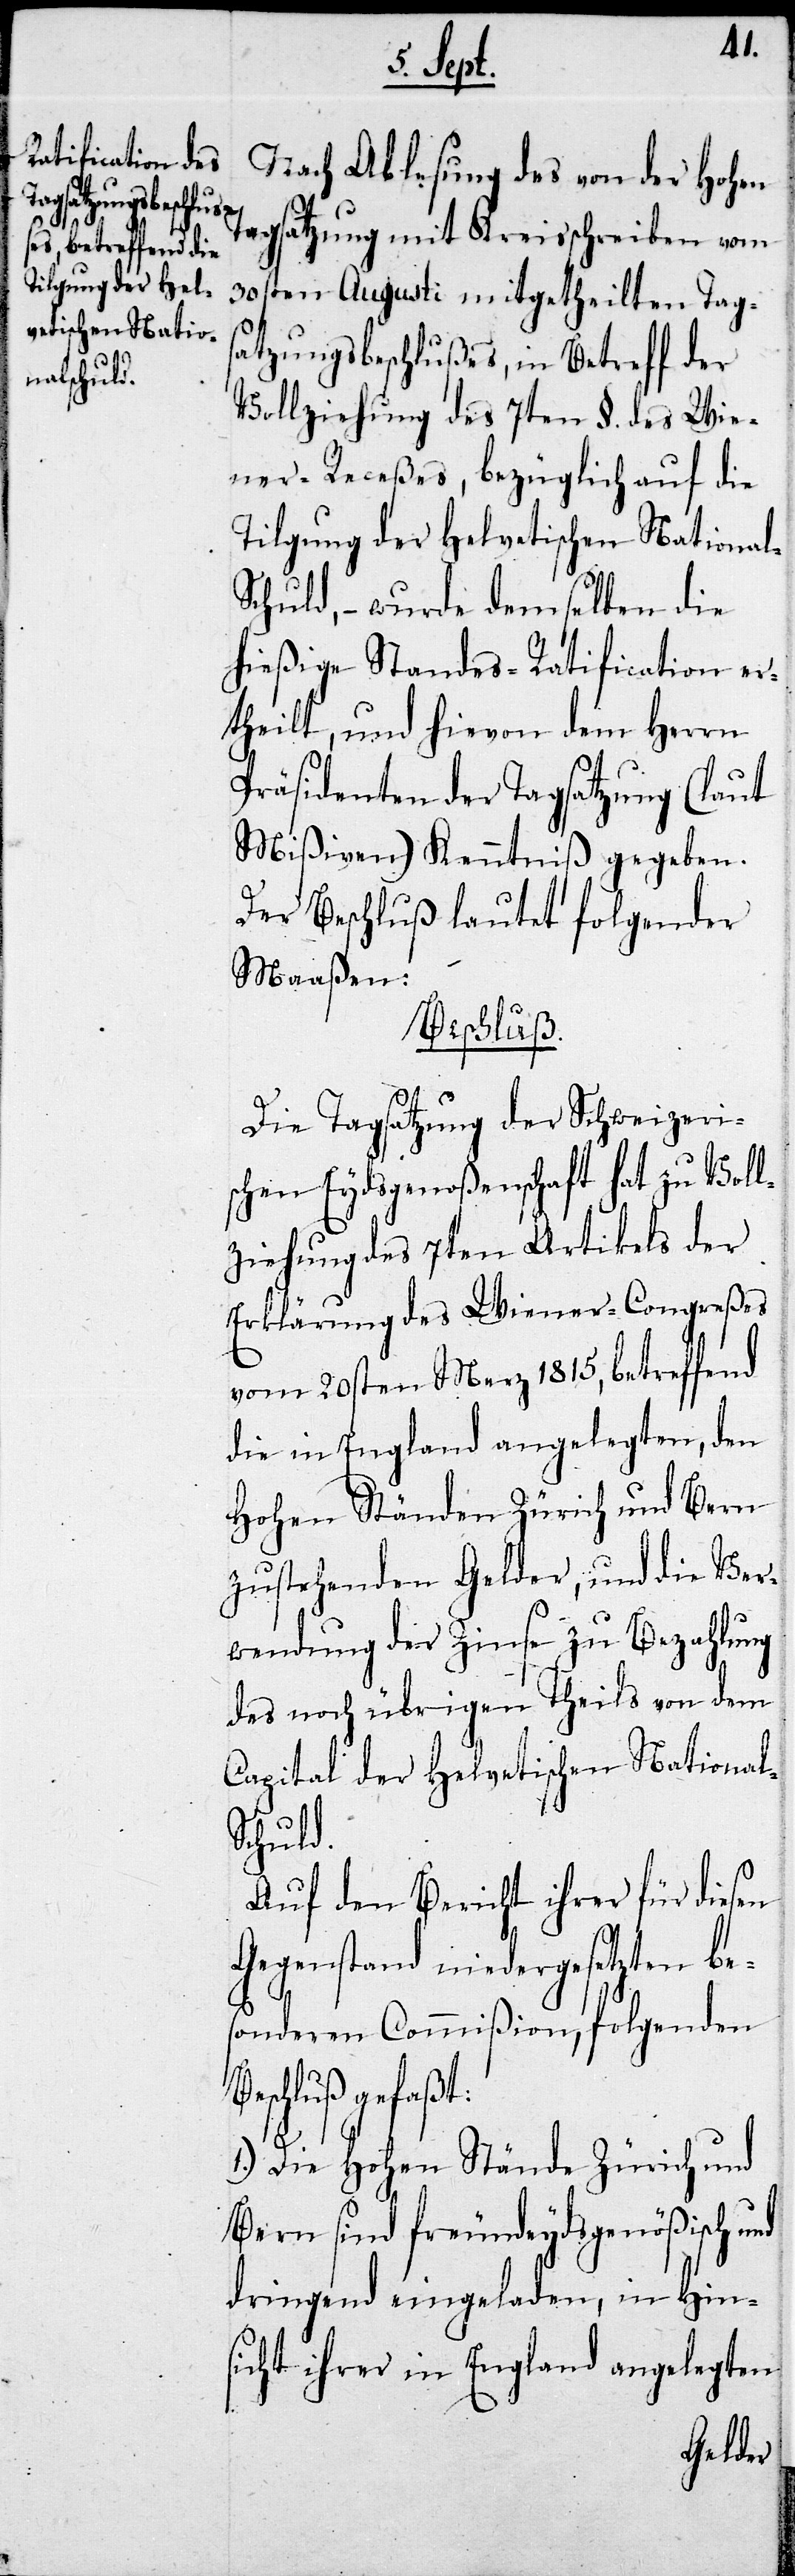
rgesetzten be¬

B¬
Nach Ablesung des von der Hohen
Tagsatzung mit Kreisschreiben vom
30sten Augusti mitgetheilten Tag¬
satzungsbeschlußes, in Betreff der
Vollziehung des 7ten §. des Wie¬
ner-Receßes, bezüglich auf die
Tilgung der Helvetischen Nationa¬
chuld, – wurde demselben die
hießige Standes-Ratification er¬
theilt, und hievon dem Herrn
Präsidenten der Tagsatzung (laut
Mißiven) Kenntniß gegeben.
Der Beschluß lautet folgender
Maaßen:
Beschluß.
Die Tagsatzung der Schweizeri¬
schen Eydsgenoßenschaft hat zu Voll¬
ziehung des 7ten Artikels der
Erklärung des Wiener-Congreßes
vom 20sten Merz 1815., betreffend
die in England angelegten, den
Hohen Ständen Zürich und Bern
zustehenden Gelder, und die Ver¬
wendung der Zinse zu Bezahlung
des noch übrigen Theils von dem
Capital der Helvetischen National¬
schuld.
Auf den Bericht ihrer für diesen
Gegenstand niede¬
sonderen Commißion, folgenden
eschluß gefaßt:
1.) Die Hohen Stände Zürich und
Bern sind freundeydsgenößisch und
dringend eingeladen, in Hin¬
sicht ihrer in England angelegten
l-S¬